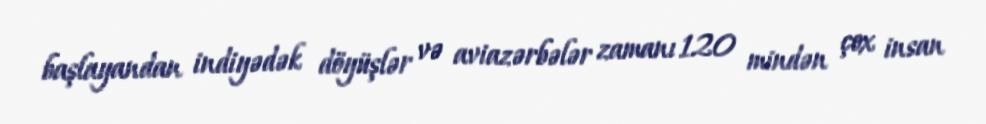
başlayandan indiyədək döyüşlər və aviazərbələr zamanı 120 mindən çox insan